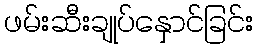
ဖမ်းဆီးချုပ်နှောင်ခြင်း